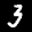
Label: 3